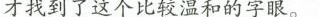
才找到了这个比较温和的字眼。